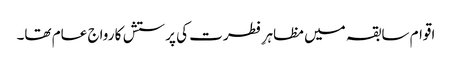
اقوام سابقہ میں مظاہرِ فطرت کی پرستش کا رواج عام تھا۔